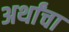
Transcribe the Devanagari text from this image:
अर्थांचा